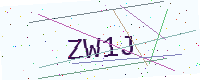
Text: ZW1J